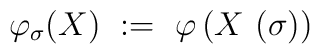
\varphi_\sigma (X) \ := \ \varphi \left( X\,\left(\sigma\right)\right)